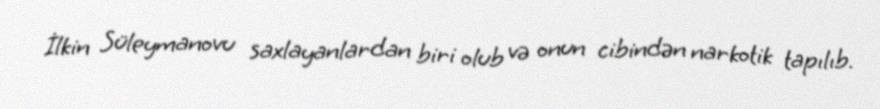
İlkin Süleymanovu saxlayanlardan biri olub və onun cibindən narkotik tapılıb.